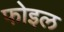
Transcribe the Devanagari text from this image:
फोइल